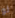
لو